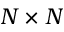
N \times N